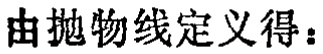
由抛物线定义得：